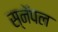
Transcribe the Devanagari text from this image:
स्नॅपल